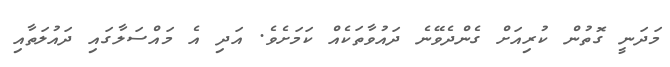
މަދަނީ ގޮތުން ކުރިއަށް ގެންދެވޭނެ ދައުވާތަކެއް ކަމަށެވެ. އަދި އެ މައްސަލާގައި ދައުލަތާއި